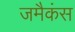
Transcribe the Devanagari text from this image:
जमैकंस